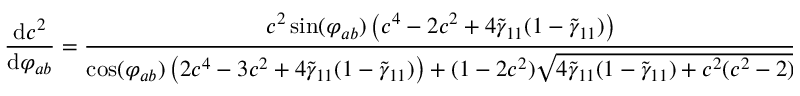
\frac { \mathrm { d } c ^ { 2 } } { \mathrm { d } \varphi _ { a b } } = \frac { c ^ { 2 } \sin ( \varphi _ { a b } ) \left( c ^ { 4 } - 2 c ^ { 2 } + 4 \tilde { \gamma } _ { 1 1 } ( 1 - \tilde { \gamma } _ { 1 1 } ) \right) } { \cos ( \varphi _ { a b } ) \left( 2 c ^ { 4 } - 3 c ^ { 2 } + 4 \tilde { \gamma } _ { 1 1 } ( 1 - \tilde { \gamma } _ { 1 1 } ) \right) + ( 1 - 2 c ^ { 2 } ) \sqrt { 4 \tilde { \gamma } _ { 1 1 } ( 1 - \tilde { \gamma } _ { 1 1 } ) + c ^ { 2 } ( c ^ { 2 } - 2 ) } } \, ,